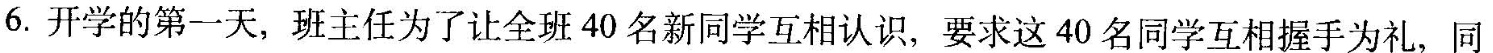
6. 开学的第一天，班主任为了让全班40名新同学互相认识，要求这40名同学互相握手为礼，同